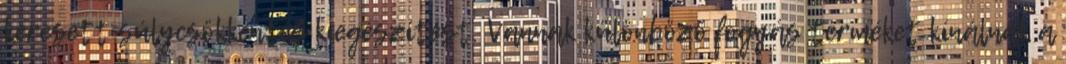
keresett súlycsökkentés kiegészítést. Vannak különböző fogyás terméket kínálnak a